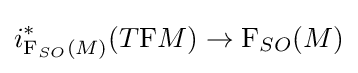
i_{\mathrm {F} _{SO}(M)}^{\ast }(T\mathrm {F} M)\to \mathrm {F} _{SO}(M)